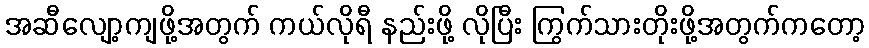
အဆီလျော့ကျဖို့အတွက် ကယ်လိုရီ နည်းဖို့ လိုပြီး ကြွက်သားတိုးဖို့အတွက်ကတော့